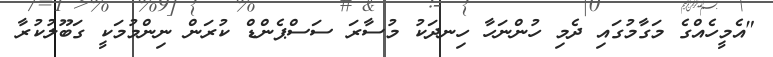
"އެމީހެއްގެ މަގާމުގައި ދެމި ހުންނަހާ ހިނދަކު މުސާރަ ސަސްޕެންޑް ކުރަން ނިންމުމަކީ ގަބޫލުކުރާ